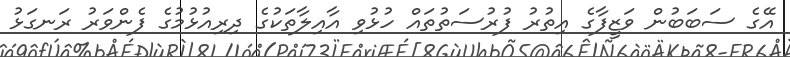
އޭގެ ސަބަބުން ވަޒީފާގެ އިތުރު ފުރުސަތުތައް ހުޅުވި އާއިލާތަކުގެ ދިރިއުޅުމުގެ ފެންވަރު ރަނގަޅު